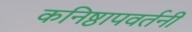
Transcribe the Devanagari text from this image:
कनिष्ठापवर्तनी